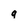
Character: a